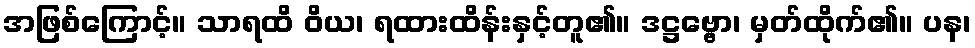
အဖြစ်ကြောင့်။ သာရထိ ဝိယ၊ ရထားထိန်းနှင့်တူ၏။ ဒဋ္ဌဗ္ဗော၊ မှတ်ထိုက်၏။ ပန၊